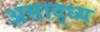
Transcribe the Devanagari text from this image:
असाद्ध्य